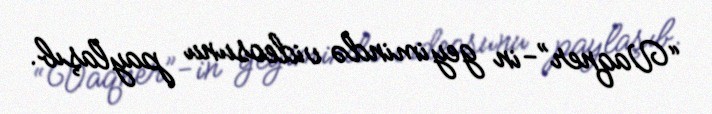
“Vaqner”-in geyimində videosunu paylaşıb.